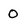
Character: 0